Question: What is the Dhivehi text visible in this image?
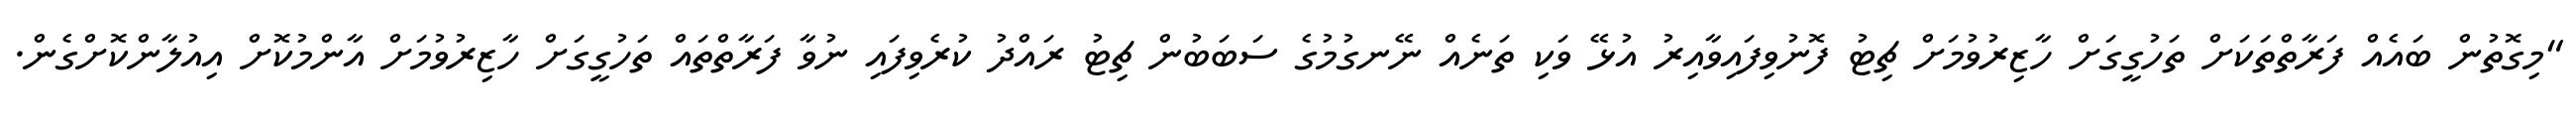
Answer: "މިގޮތުން ބައެއް ފަރާތްތަކަށް ތަހުގީގަށް ހާޒިރުވުމަށް ޗިޓު ފޮނުވިފައިވާއިރު އުޅޭ ވަކި ތަނެއް ނޭނގުމުގެ ސަބަބުން ޗިޓު ރައްދު ކުރެވިފައި ނުވާ ފަރާތްތައް ތަހުގީގަށް ހާޒިރުވުމަށް އާންމުކޮށް އިއުލާންކޮށްގެން.